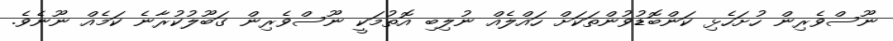
ނޫސްވެރިން ހުށަހެޅި ކަންބޮޑުވުންތަކަށް ހައްލެއް ނުލިބި އޮތުމަކީ ނޫސްވެރިން ގަބޫލުކުރާނެ ކަމެއް ނޫނެވެ.